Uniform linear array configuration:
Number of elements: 16
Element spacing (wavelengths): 0.5
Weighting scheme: hann
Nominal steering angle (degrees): -15
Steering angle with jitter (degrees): -16.177
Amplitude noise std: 0.05
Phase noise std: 0.05

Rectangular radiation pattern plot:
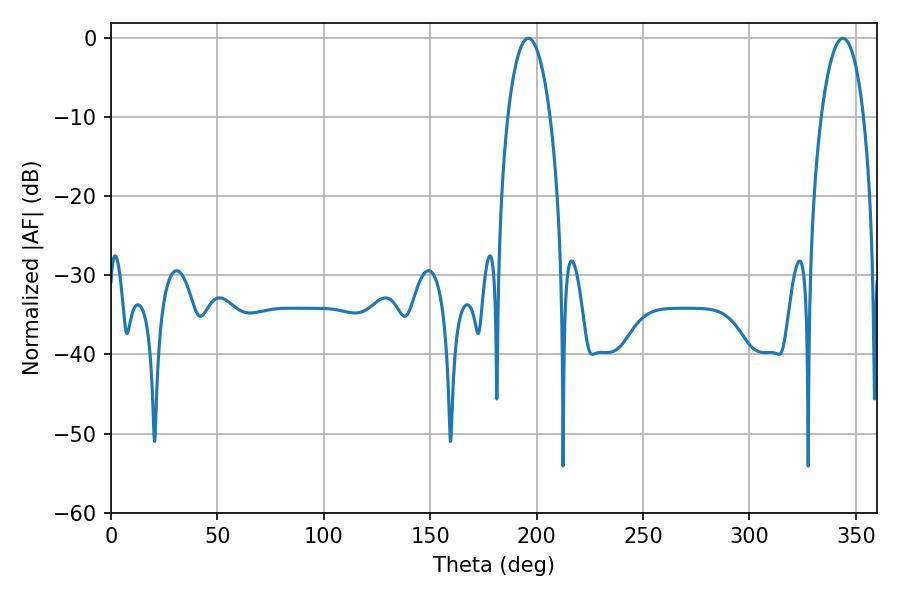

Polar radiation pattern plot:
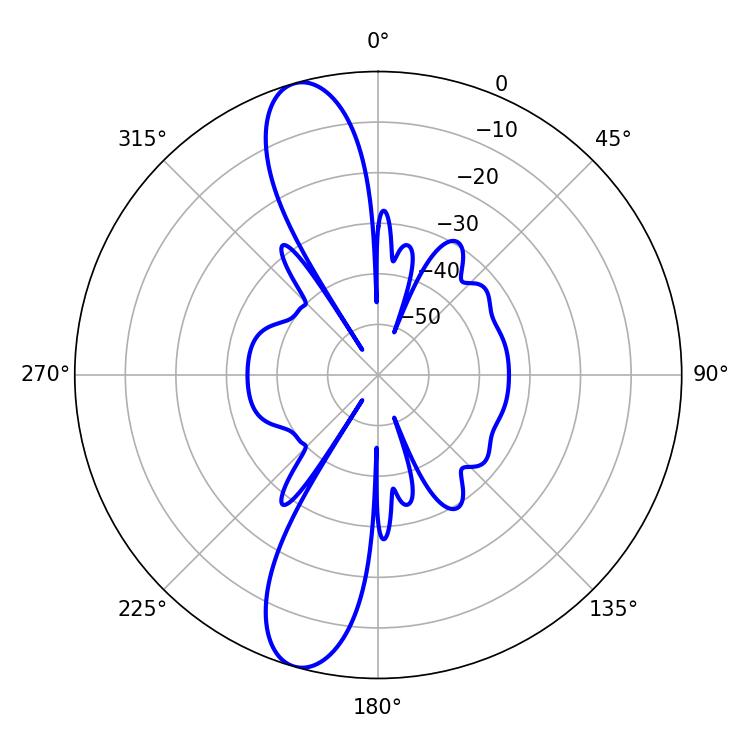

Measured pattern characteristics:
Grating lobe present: FALSE
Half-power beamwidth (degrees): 11.16
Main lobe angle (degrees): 196.02